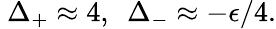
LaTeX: ~\Delta_{+}\approx 4,~~\Delta_{-}\approx-\epsilon/4.